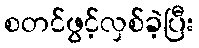
စတင်ဖွင့်လှစ်ခဲ့ပြီး